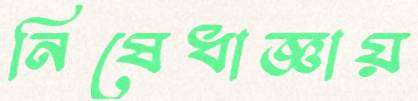
নিষেধাজ্ঞায়